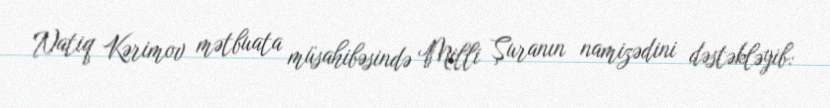
Natiq Kərimov mətbuata müsahibəsində Milli Şuranın namizədini dəstəkləyib: